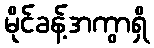
မိုင်ခန့်အကွာရှိ